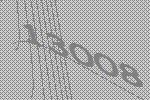
13008